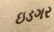
ઇડગર